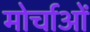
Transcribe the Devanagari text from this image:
मोर्चाओं